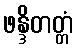
ဖန္ဒိတတ္တံ